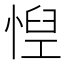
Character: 𢝘